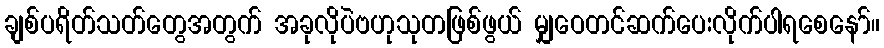
ချစ်ပရိတ်သတ်တွေအတွက် အခုလိုပဲဗဟုသုတဖြစ်ဖွယ် မျှဝေတင်ဆက်ပေးလိုက်ပါရစေနော်။